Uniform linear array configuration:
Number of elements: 12
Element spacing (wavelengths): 0.25
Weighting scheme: hamming
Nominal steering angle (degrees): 0
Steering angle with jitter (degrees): -1.147
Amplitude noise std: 0.05
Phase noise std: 0.05

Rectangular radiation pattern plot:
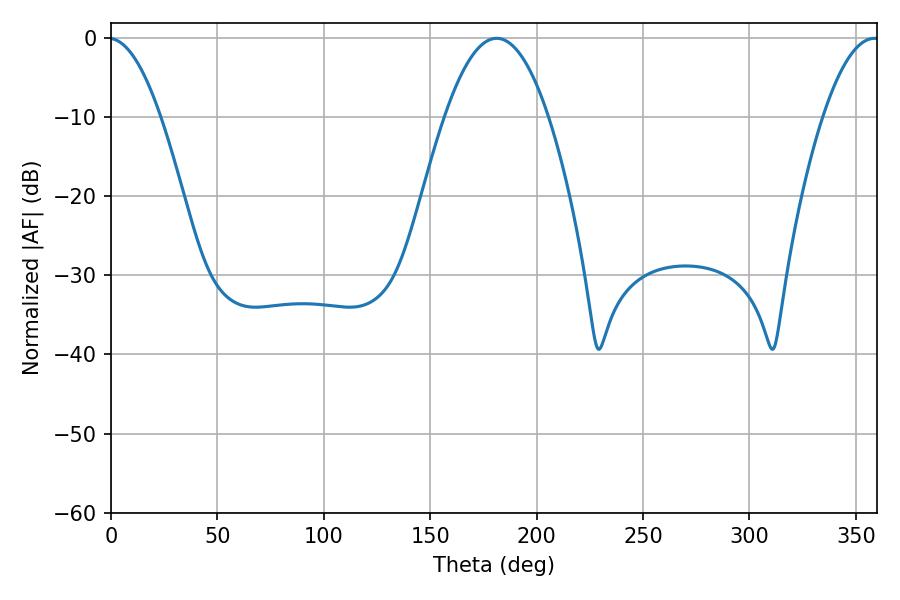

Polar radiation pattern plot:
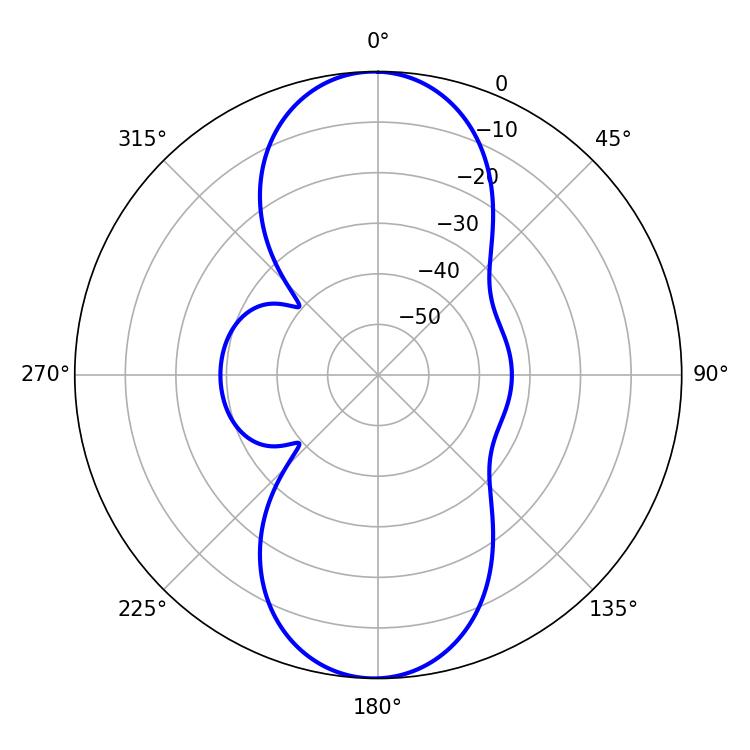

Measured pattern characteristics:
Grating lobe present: FALSE
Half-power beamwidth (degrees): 26.82
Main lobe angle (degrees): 181.26